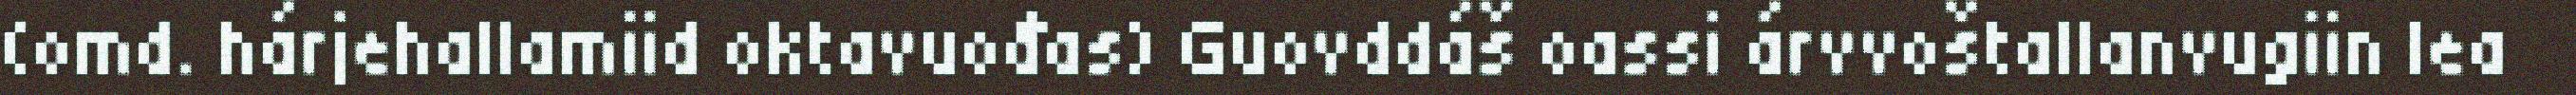
(omd. hárjehallamiid oktavuođas) Guovddáš oassi árvvoštallanvugiin lea